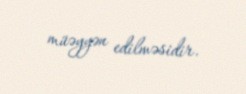
müəyyən edilməsidir.